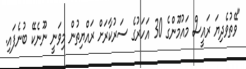
"ވޭތުވެދިޔަ ރައީސް މައުމޫންގެ 30 އަހަރުގެ ސަރުކާރަށް ރައްޔިތުން މިވަނީ ނޫނެކޭ ބުނެފައި.